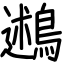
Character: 鶐